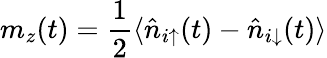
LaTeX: m_{z}(t)=\frac{1}{2}\langle\hat{n}_{i\uparrow}(t)-\hat{n}_{i\downarrow}(t)\rangle